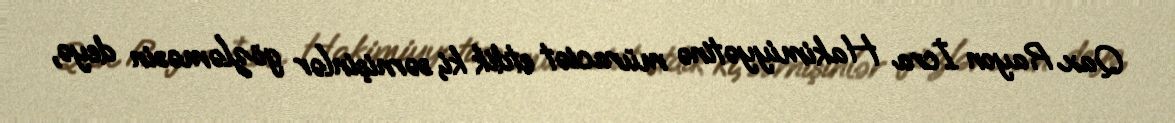
Qax Rayon İcra Hakimiyyətinə müraciət etdik ki, sərnişinlər gözləməsin deyə,